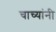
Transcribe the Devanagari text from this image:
चाच्यांनी